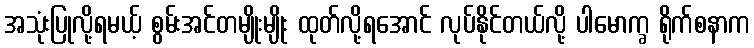
အသုံးပြုလို့ရမယ့် စွမ်းအင်တမျိုးမျိုး ထုတ်လို့ရအောင် လုပ်နိုင်တယ်လို့ ပါမောက္ခ ရိုက်စနာက